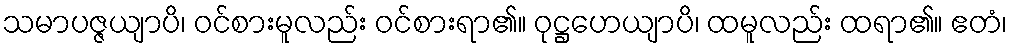
သမာပဇ္ဇယျာပိ၊ ဝင်စားမူလည်း ဝင်စားရာ၏။ ဝုဋ္ဌဟေယျာပိ၊ ထမူလည်း ထရာ၏။ ဧတံ၊